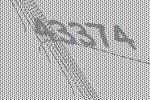
43374